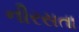
નીરસતા